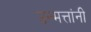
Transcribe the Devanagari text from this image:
उन्मत्तांनी